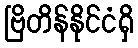
ဗြိတိန်နိုင်ငံရှိ